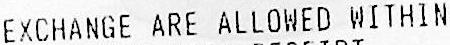
EXCHANGE ARE ALLOWED WITHIN